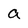
Character: a